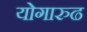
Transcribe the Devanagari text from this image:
योगारुढ